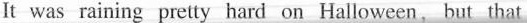
It was raining pretty hard on Halloween,but that